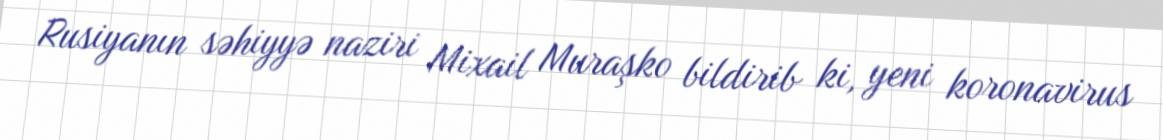
Rusiyanın səhiyyə naziri Mixail Muraşko bildirib ki, yeni koronavirus